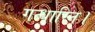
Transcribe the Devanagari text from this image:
गन्धारिन।